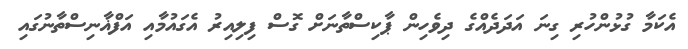
އެކަމާ ގުޅުންހުރި ގިނަ އަދަދެއްގެ ދިވެހިން ޕާކިސްތާނަށް ގޮސް ފިލިއިރު އެގައުމާއި އަފްޣާނިސްތާނުގައި